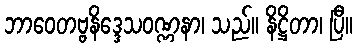
ဘာဝေတဗ္ဗနိဒ္ဒေသဝဏ္ဏနာ၊ သည်။ နိဋ္ဌိတာ၊ ပြီ။